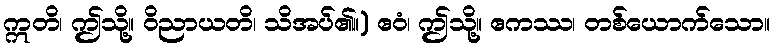
ဣတိ၊ ဤသို့။ ဝိညာယတိ၊ သိအပ်၏။) ဧဝံ၊ ဤသို့။ ဧကဿ၊ တစ်ယောက်သော။